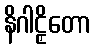
နိဂါဠှိတော